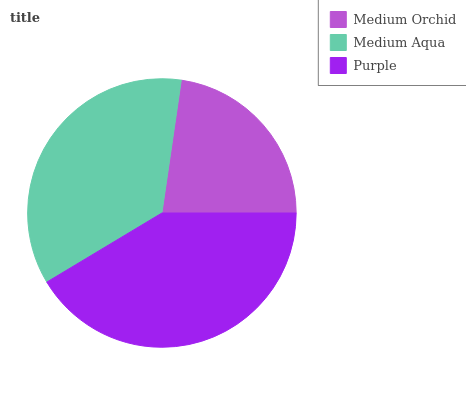
| Medium Orchid | Medium Aqua | Purple |
 | --- | --- | --- |
 | 22.7% | 35.9% | 41.3% |